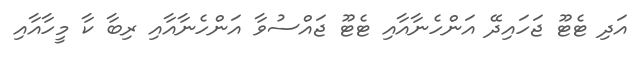
އަދި ޓެޓޫ ޖަހައިދޭ އަންހެނާއާއި ޓެޓޫ ޖައްސުވާ އަންހެނާއާއި ރިބާ ކާ މީހާއާއި